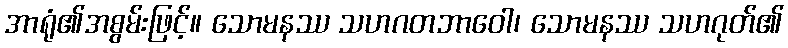
အာရုံ၏အစွမ်းဖြင့်။ သောမနဿ သဟဂတဘာဝေါ၊ သောမနဿ သဟဂုတ်၏